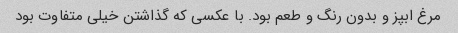
مرغ ابپز و بدون رنگ و طعم بود. با عکسی که گذاشتن خیلی متفاوت بود